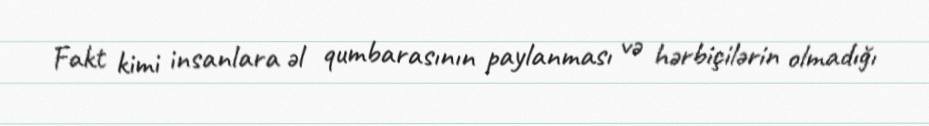
Fakt kimi insanlara əl qumbarasının paylanması və hərbiçilərin olmadığı